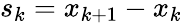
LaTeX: s_{k}=x_{k+1}-x_{k}